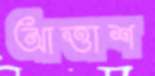
আত্তাশ